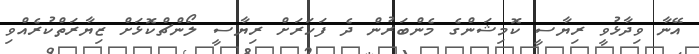
އޭނާ ވިދާޅުވީ ރިޔާސީ ކޮމިޝަންގެ މެންބަރުން ދެ ފަހަރަށް ރިޔާސީ ލޯންޗްކޮޅަށް ޒިޔާރަތްކުރެއްވި